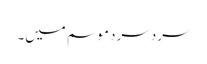
سرد سرد موسم میں۔